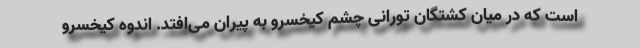
است که در میان کشتگان تورانی چشم کیخسرو به پیران می‌افتد. اندوه کیخسرو